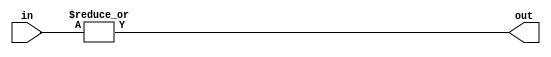
module eight_input_or(
    input [7:0] in,
    output out
);

assign out = |in;

endmodule